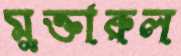
মুক্তারুল